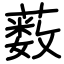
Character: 薮